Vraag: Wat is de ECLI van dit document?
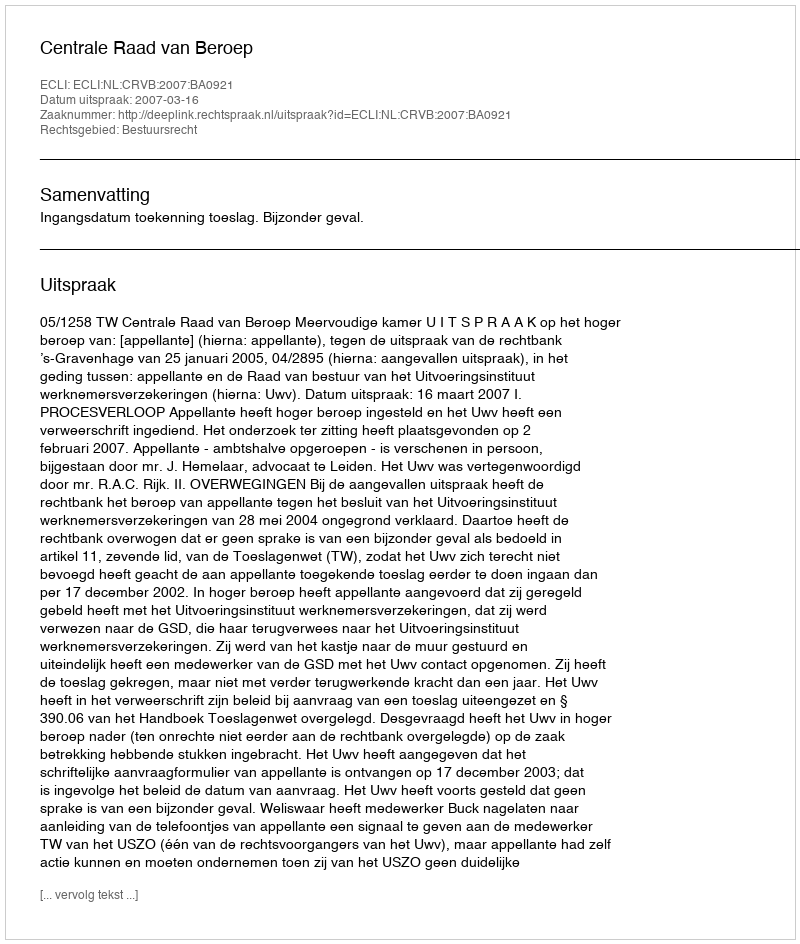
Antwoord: ECLI:NL:CRVB:2007:BA0921